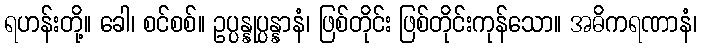
ရဟန်းတို့။ ခေါ၊ စင်စစ်။ ဥပ္ပန္နုပ္ပန္နာနံ၊ ဖြစ်တိုင်း ဖြစ်တိုင်းကုန်သော။ အဓိကရဏာနံ၊